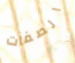
الصفات